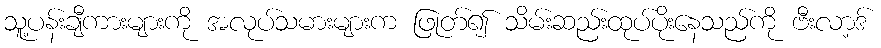
သူ့ပန်းချီကားများကို အလုပ်သမားများက ဖြုတ်၍ သိမ်းဆည်းထုပ်ပိုးနေသည်ကို ဗီးလာ့ဒ်